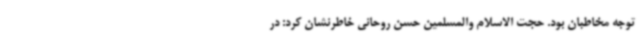
توجه مخاطبان بود. حجت الاسلام والمسلمین حسن روحانی خاطرنشان کرد: در